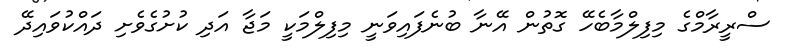
ސްރީރާމްގެ މިފިލްމާބެހޭ ގޮތުން އޭނާ ބުނެފައިވަނީ މިފިލްމަކީ މަޖާ އަދި ކުށުގެވެށި ދައްކުވައިދޭ